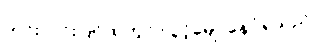
ဟင်းလင်းပြင်ထဲတွင် လွင့်မျောနေပုံရသည်။